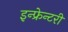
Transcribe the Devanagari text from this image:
इन्फ्रेन्टरी